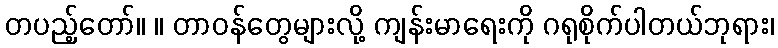
တပည့်တော်။ ။ တာဝန်တွေများလို့ ကျန်းမာရေးကို ဂရုစိုက်ပါတယ်ဘုရား၊